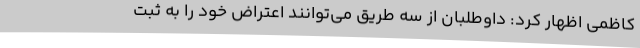
کاظمی اظهار کرد: داوطلبان از سه طریق می‌توانند اعتراض خود را به ثبت